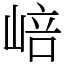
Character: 㟝